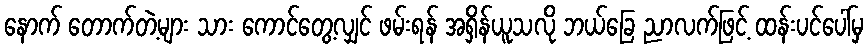
နောက် တောက်တဲ့များ သား ကောင်တွေ့လျှင် ဖမ်းရန် အရှိန်ယူသလို ဘယ်ခြေ ညာလက်ဖြင့် ထန်းပင်ပေါ်မှ